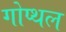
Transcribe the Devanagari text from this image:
गोप्थल